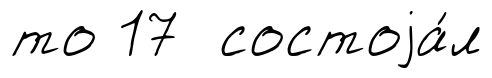
то 17 состоjа́л